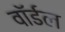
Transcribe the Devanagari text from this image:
वॉर्डल